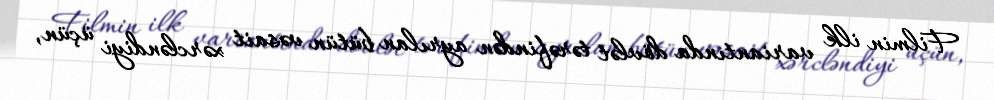
Filmin ilk variantında dövlət tərəfindən ayrılan bütün vəsait xərcləndiyi üçün,